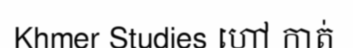
Khmer Studies ហៅ កាត់